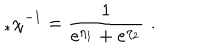
LaTeX: _ * \chi ^ { - 1 } = \frac { 1 } { e ^ { \eta _ { 1 } } + e ^ { \eta _ { 2 } } } \, \, .